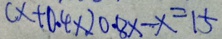
( x + 0 . 4 x ) 0 . 8 x - x = 1 5